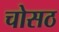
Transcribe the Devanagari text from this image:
चोसठ